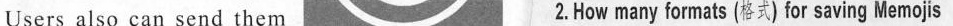
Users also can send them 2.Howmany formats (格式) for saving Memojis